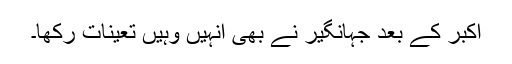
اکبر کے بعد جہانگیر نے بھی انہیں وہیں تعینات رکھا۔